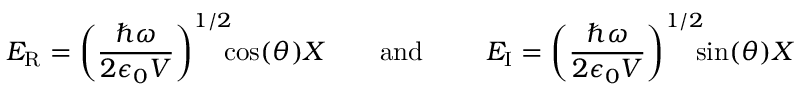
~ E _ { \mathrm { { R } } } = \left( { \frac { \hbar \omega } { 2 \epsilon _ { 0 } V } } \right) ^ { 1 / 2 } \! \! \! \cos ( \theta ) X \qquad { \mathrm { a n d } } \qquad ~ E _ { \mathrm { { I } } } = \left( { \frac { \hbar \omega } { 2 \epsilon _ { 0 } V } } \right) ^ { 1 / 2 } \! \! \! \sin ( \theta ) X